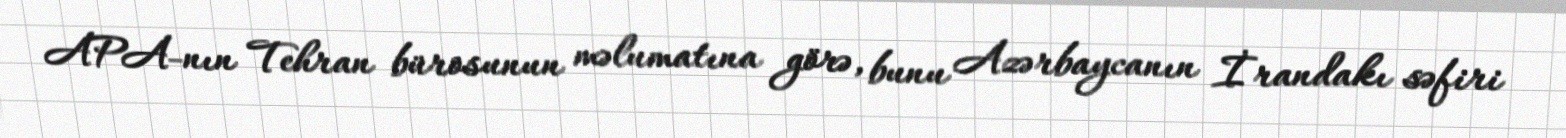
APA-nın Tehran bürosunun məlumatına görə, bunu Azərbaycanın İrandakı səfiri